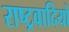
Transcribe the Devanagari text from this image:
राष्‍ट्रवादियों